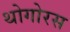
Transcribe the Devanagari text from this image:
थोगोरस